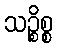
သဉ္စိစ္စ